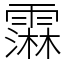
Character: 䨬